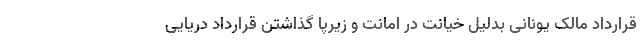
قرارداد مالک یونانی بدلیل خیانت در امانت و زیرپا گذاشتن قرارداد دریایی